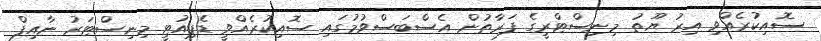
ސޮއިކުރެއްވި އިރު ޔޫތު މިނިސްޓްރީގެ ފަރާތުން އެސްބަސްވުމުގައި ސޮއިކުރެއްވީ ޑެޕިއުޓީ މިނިސްޓަރު ނާއިފް